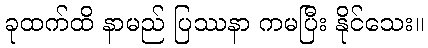
ခုထက်ထိ နာမည် ပြဿနာ ကမပြီး နိုင်သေး။